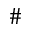
\#